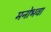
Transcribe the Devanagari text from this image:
मनोभवा